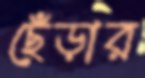
ছেঁড়ার